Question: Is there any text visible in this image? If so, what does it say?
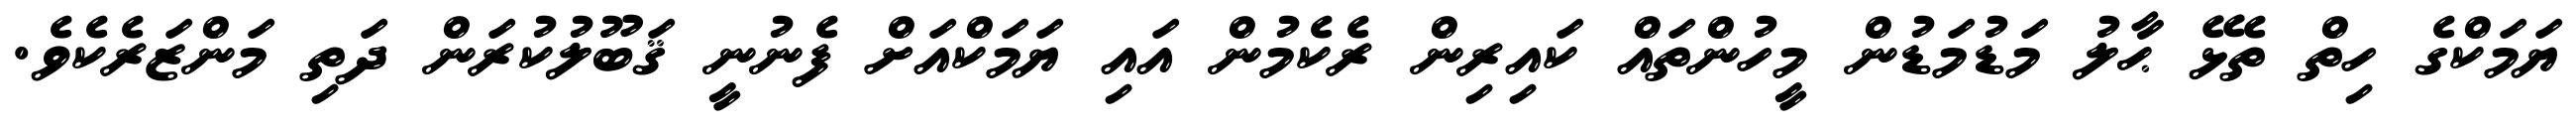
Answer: ޔަމަކްގެ ހިތް ތެޅޭ ޙާލު މަޑުމަޑުން މީހުންތައް ކައިރިން ރެކެމުން އައި ޔަމަކްއަށް ފެނުނީ ޤަބޫލުކުރަން ދަތި މަންޒަރެކެވެ.